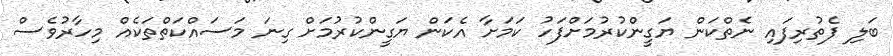
ބަލި ފެތުރިފައި ނެތްކަން ޔަގީންކުރުމަށްފަހު ކަމަށާ އެކަން ޔަގީންކުރުމަށް ގިނަ މަސައްކަތްތަކެއް މިހާރުވެސް